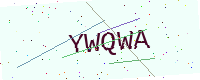
Text: YWQWA